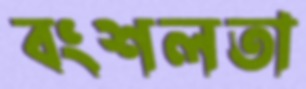
বংশলতা